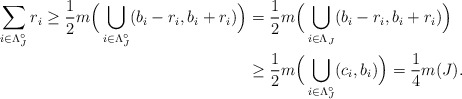
\begin{align*}\sum_{i \in \Lambda^{\circ}_J} {r}_{i}\geq \frac{1}{2} m \Big( \bigcup_{i \in \Lambda^{\circ}_J} (b_i - r_i, b_i + r_i) \Big)&= \frac{1}{2} m \Big( \bigcup_{i \in \Lambda_J} (b_i - r_i, b_i + r_i) \Big)\\&\geq \frac{1}{2} m \Big( \bigcup_{i \in \Lambda^{\circ}_J} (c_i, b_i) \Big)= \frac{1}{4} m(J).\end{align*}